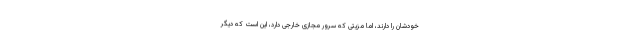
خودشان را دارند، اما مزیتی که سرور مجازی خارجی دارد، این است که دیگر